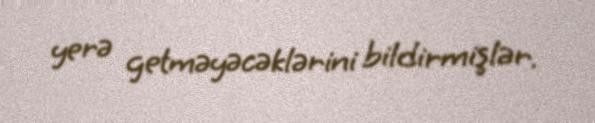
yerə getməyəcəklərini bildirmişlər.